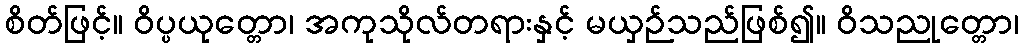
စိတ်ဖြင့်။ ဝိပ္ပယုတ္တော၊ အကုသိုလ်တရားနှင့် မယှဉ်သည်ဖြစ်၍။ ဝိသညုတ္တော၊